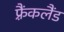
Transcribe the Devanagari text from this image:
फ़्रैंकलैंड